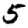
Digit: 5